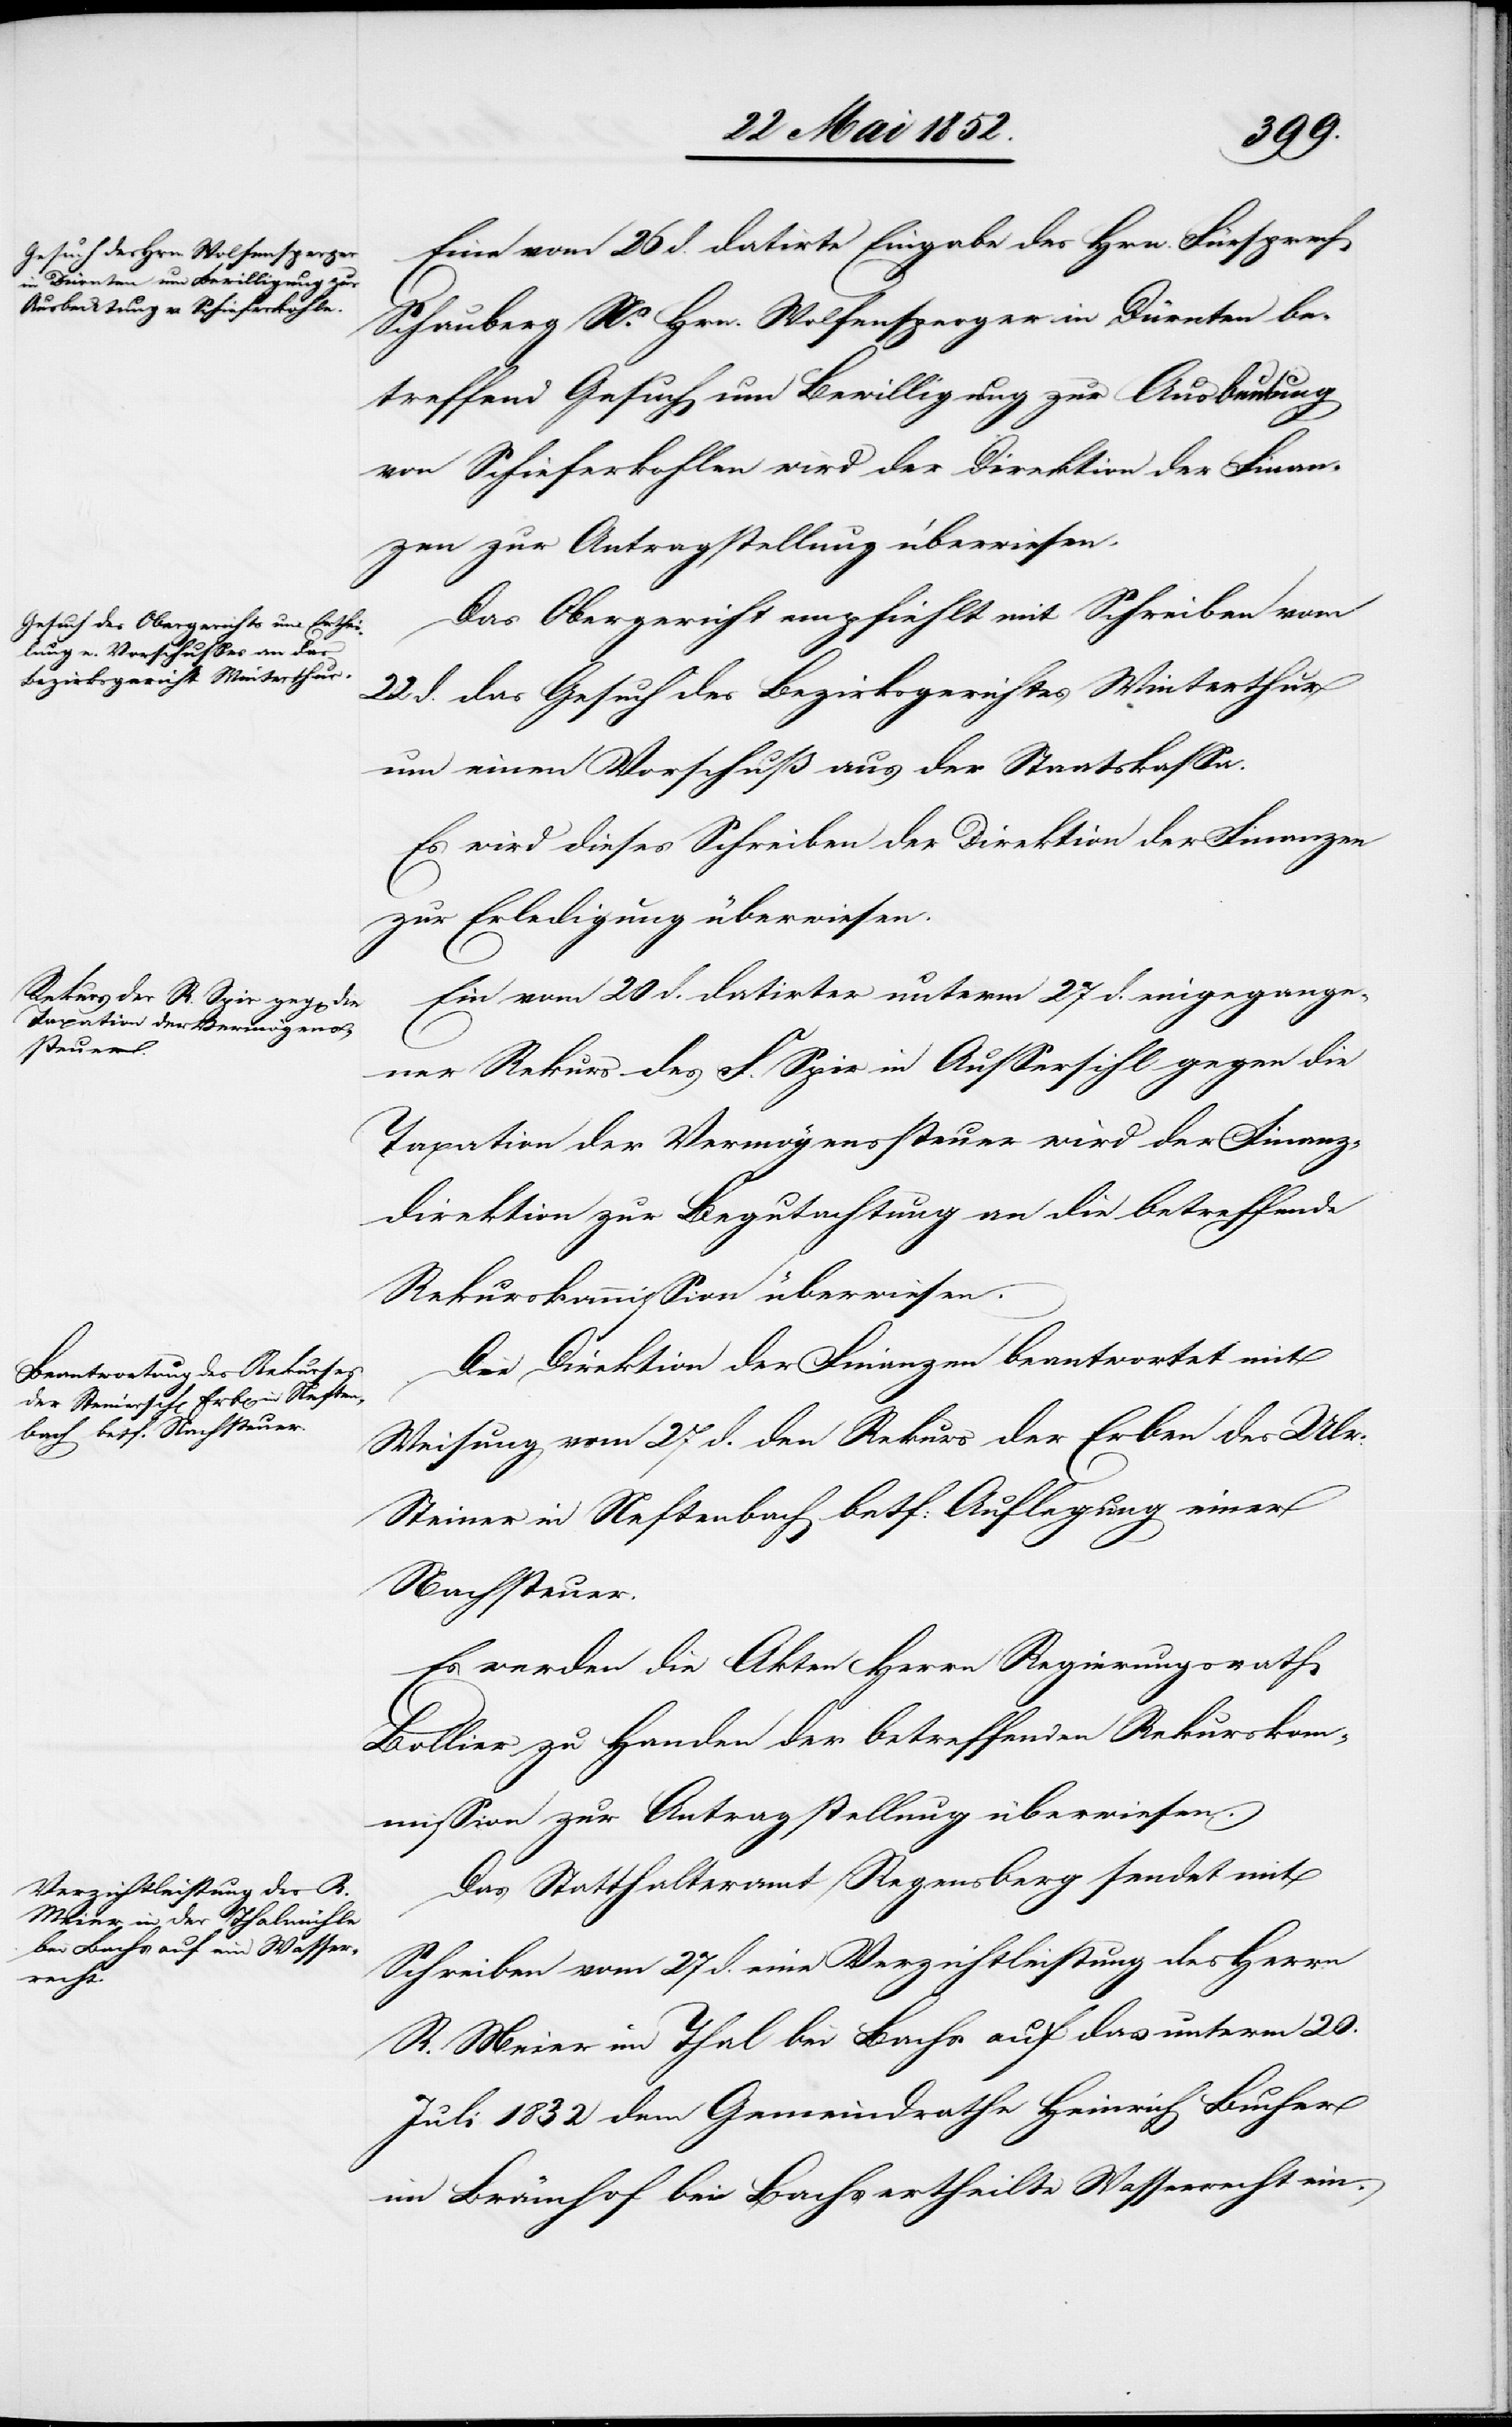
28 Mai 1852.]
Eine vom 26 d. datirte Eingabe des Hrn. Fürsprech
Schauberg Ns. Hrn. Wolfensperger in Dürnten be¬
treffend Gesuch um Bewilligung zur Ausbeutung
von Schieferkohlen wird der Direktion der Finan¬
zen zur Antragstellung überwiesen.
Das Obergericht empfiehlt mit Schreiben vom
22 d. das Gesuch des Bezirksgerichtes Winterthur
um einen Vorschuß aus der Staatskassa.
Es wird dieses Schreiben der Direktion der Finanzen
zur Erledigung überwiesen.
Ein vom 20 d. datirter unterm 27 d. eingegange¬
ner Rekurs des F. [sic!] Spir in Aussersihl gegen die
Taxation der Vermögenssteuer wird der Finanz¬
direktion zur Begutachtung an die betreffende
Rekurskommission überwiesen.
Die Direktion der Finanzen beantwortet mit
Weisung vom 27 d. den Rekurs der Erben des Ulr:
Steiner in Neftenbach betf: Auflegung einer
Nachsteuer.
Es werden die Akten Herrn Regierungsrath
Bollier zu Handen der betreffenden Rekursko¬
mmission zur Antragstellung überwiesen.
Das Statthalteramt Regensberg sendet mit
Schreiben vom 27 d. eine Verzichtleistung des Herrn
R. Meier im Thal bei Bachs auf das unterm 20.
Juli 1832 dem Gemeindrathe Heinrich Bucher
im Brämhof bei Bachs ertheilte Wasserrecht ein.